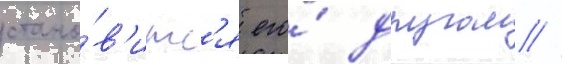
стано́в'итс'я его́ другом //